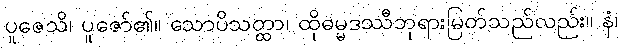
ပူဇေသိ၊ ပူဇော်၏။ သောပိသတ္ထာ၊ ထိုဓမ္မဒဿီဘုရားမြတ်သည်လည်း။ နံ၊